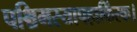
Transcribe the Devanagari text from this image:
पश्चिमस्यापहाकिंरक।